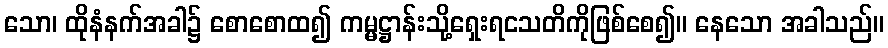
သော၊ ထိုနံနက်အခါ၌ စောစောထ၍ ကမ္မဋ္ဌာန်းသို့ရှေးရငသတိကိုဖြစ်စေ၍။ နေသော အခါသည်။